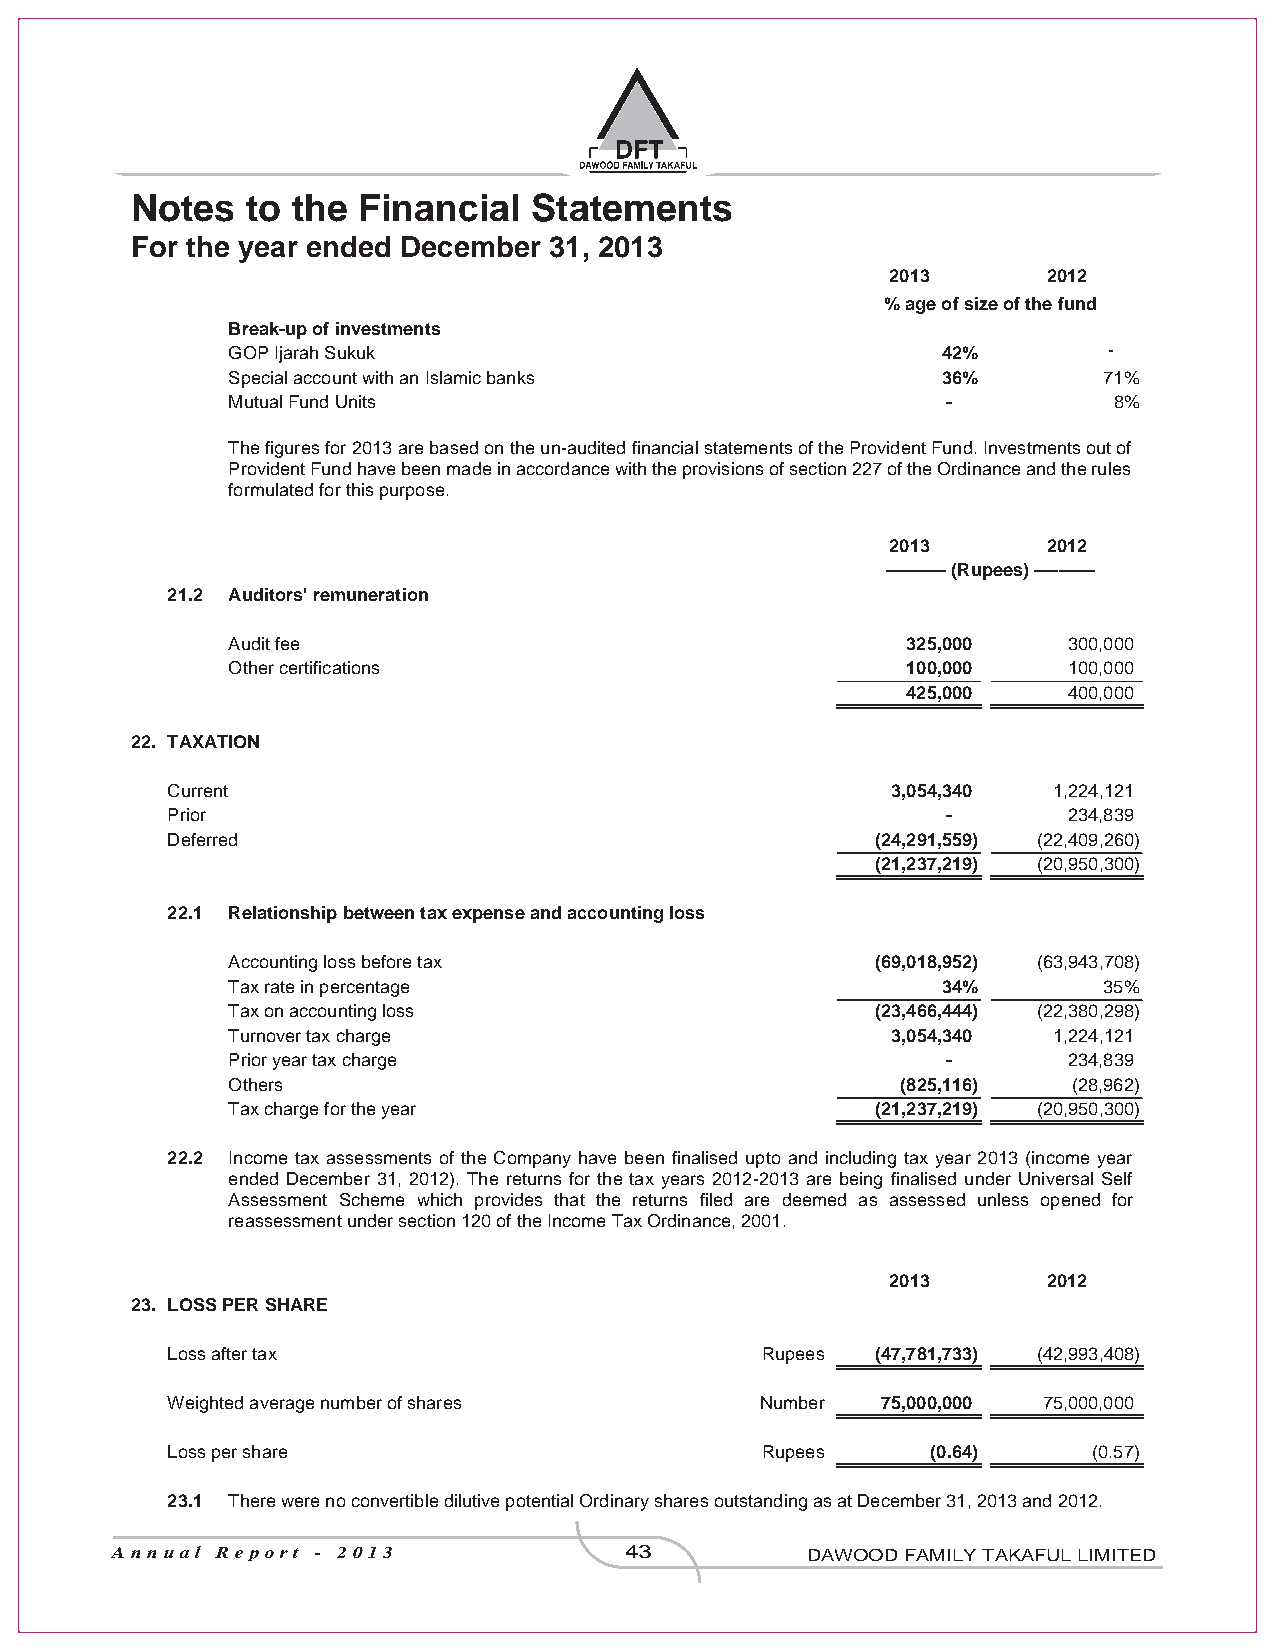
Notes  to the  Financial  Statements
 For the year ended December 31, 2013
 2013      2012
 % age of size of the fund
 Break-up of investments
 GOP Ijarah Sukuk                               42%        -
 Special account with an Islamic banks          36%        71%
 Mutual Fund Units                               -          8%
 Thefiguresfor2013arebasedontheun-auditedfinancialstatementsoftheProvidentFund.Investmentsoutof
 ProvidentFundhavebeenmadeinaccordancewiththeprovisionsofsection227oftheOrdinanceandtherules
 formulated for this purpose.
 2013      2012
 ---------- (Rupees) ----------
 21.2 Auditors' remuneration
 Audit fee                                    325,000    300,000
 Other certifications                         100,000    100,000
 425,000    400,000
 22. TAXATION
 Current                                         3,054,340  1,224,121
 Prior                                               -       234,839
 Deferred                                       (24,291,559) (22,409,260)
 (21,237,219) (20,950,300)
 22.1 Relationship between tax expense and accounting loss
 Accounting loss before tax                 (69,018,952) (63,943,708)
 Tax rate in percentage                         34%        35%
 Tax on accounting loss                     (23,466,444) (22,380,298)
 Turnover tax charge                         3,054,340  1,224,121
 Prior year tax charge                           -       234,839
 Others                                       (825,116)  (28,962)
 Tax charge for the year                    (21,237,219) (20,950,300)
 22.2 Income tax assessments of the Company have been finalised upto and including tax year 2013 (income year
 ended December 31, 2012). The returns for the tax years 2012-2013 are being finalised under Universal Self
 Assessment Scheme which provides that the returns filed are deemed as assessed unless opened for
 reassessment under section 120 of the Income Tax Ordinance, 2001.
 2013      2012
 23. LOSS PER SHARE
 Loss after tax                         Rupees  (47,781,733) (42,993,408)
 Weighted average number of shares      Number  75,000,000 75,000,000
 Loss per share                         Rupees      (0.64)    (0.57)
 23.1 There were no convertible dilutive potential Ordinary shares outstanding as at December 31, 2013 and 2012.
 Annual Report - 2013              43          DAWOOD FAMILY TAKAFUL LIMITED